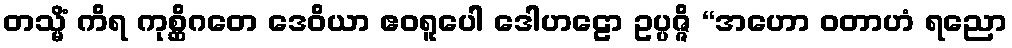
တသ္မိံ ကိရ ကုစ္ဆိဂတေ ဒေဝိယာ ဧဝရူပေါ ဒေါဟဠော ဥပ္ပဇ္ဇိ “အဟော ဝတာဟံ ရညော